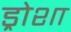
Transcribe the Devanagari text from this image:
ड्रोशा